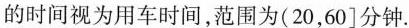
的时间视为用车时间，范围为(20，60]分钟。